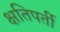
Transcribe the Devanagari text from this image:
क्षतिपर्ती